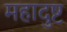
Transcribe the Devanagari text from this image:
महादुष्ट